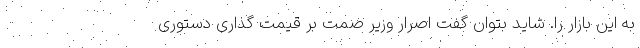
به این بازار را. شاید بتوان گفت اصرار وزیر صمت بر قیمت گذاری دستوری